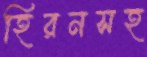
হিরনসহ